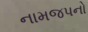
નામજપનો